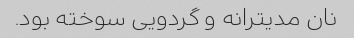
نان مدیترانه و گردویی سوخته بود.